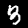
Digit: 3